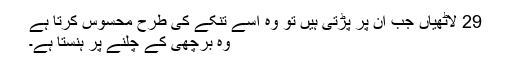
29 لاٹھیاں جب ان پر پڑتی ہیں تو وہ اسے تنکے کی طرح محسوس کرتا ہے
وہ برچھی کے چلنے پر ہنستا ہے۔